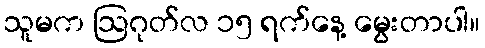
သူမက ဩဂုတ်လ ၁၅ ရက်နေ့ မွေးတာပါ။